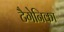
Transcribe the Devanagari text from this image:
टैगेनिका